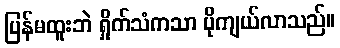
ပြန်မထူးဘဲ ရှိုက်သံကသာ ပိုကျယ်လာသည်။